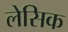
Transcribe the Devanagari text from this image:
लेसिक